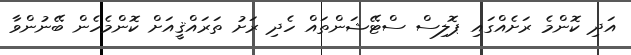
އަދި ކޮންމެ ރަށެއްގައި ޕޮލިސް ސްޓޭޝަންތައް ހެދި ރަށު ތަރައްޤީއަށް ކޮންމެހެން ބޭނުންވާ